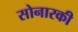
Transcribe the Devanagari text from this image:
सोनारकी